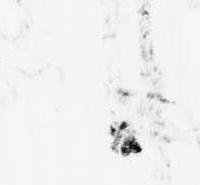
候